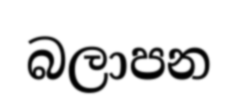
බලාපන